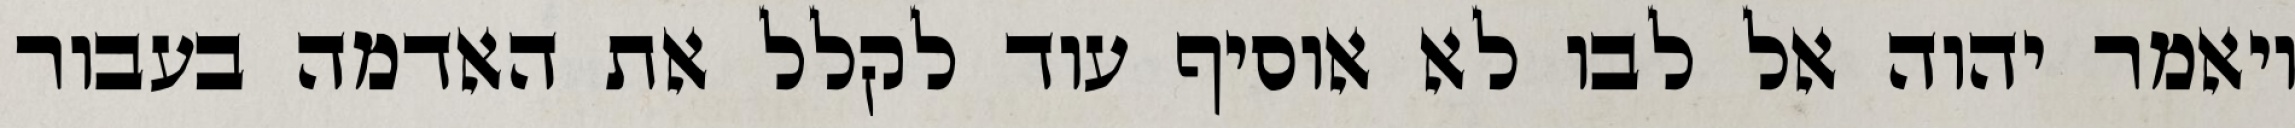
ויאמר יהוה אל לבו לא אוסיף עוד לקלל את האדמה בעבור